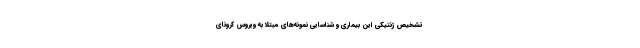
تشخیص ژنتیکی این بیماری و شناسایی نمونه‌های مبتلا به ویروس کرونای